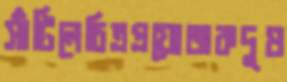
সাঁটিলেচিত্রপ্রযোজকদুষ